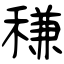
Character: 稴